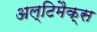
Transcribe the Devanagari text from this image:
अल्टिमैक्स